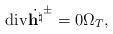
LaTeX: \begin{align*}\mathrm{div}\dot{\mathbf h^\natural}^{\pm}=0 \Omega_T,\end{align*}